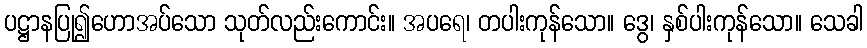
ပဋ္ဌာနပြု၍ဟောအပ်သော သုတ်လည်းကောင်း။ အပရေ၊ တပါးကုန်သော။ ဒွေ၊ နှစ်ပါးကုန်သော။ သေခါ